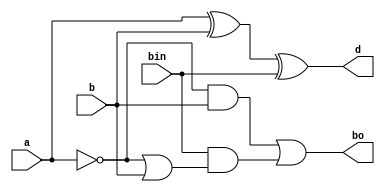
//Designed by Pavan V L
module fs(a,b,bin,d,bo);
input a,b,bin;
output d,bo;

assign d= a^b^bin; // Difference
assign bo = ((~a) & b) | bin & ((~a) | b); // Borrow

endmodule